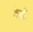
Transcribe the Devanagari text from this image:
केळें